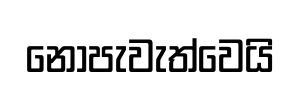
නොපැවැත්වෙයි